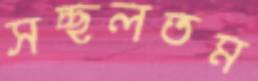
সচ্ছলতম